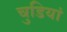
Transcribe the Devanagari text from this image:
चुडियां